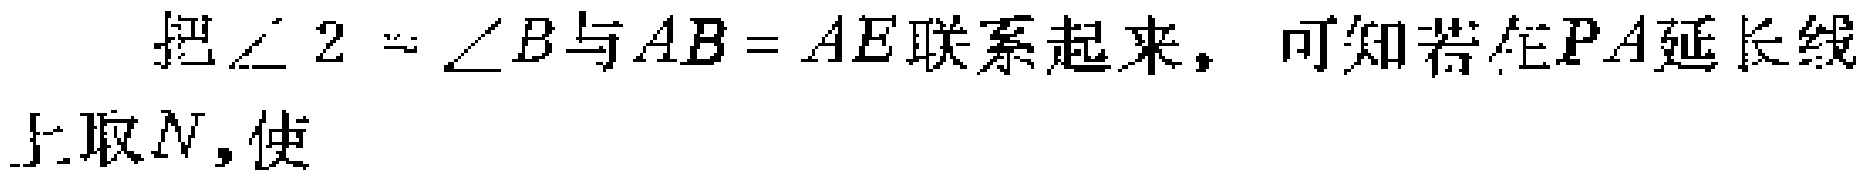
把$\angle 2 = \angle B$与$AB = AE$联系起来，可知若在$PA$延长线上取$N$,使